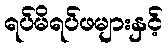
ရပ်မိရပ်ဖများနှင့်